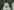
Al